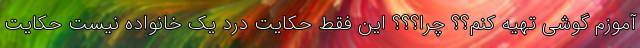
آموزم گوشی تهیه کنم؟؟ چرا؟؟؟ این فقط حکایت درد یک خانواده نیست حکایت